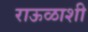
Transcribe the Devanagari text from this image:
राऊळाशी